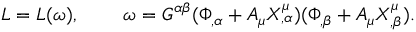
{ \cal L } = { \cal L } ( \omega ) , \; \; \; \; \; \; \; \; \omega = G ^ { \alpha \beta } ( \Phi _ { , \alpha } + A _ { \mu } X _ { , \alpha } ^ { \mu } ) ( \Phi _ { , \beta } + A _ { \mu } X _ { , \beta } ^ { \mu } ) .